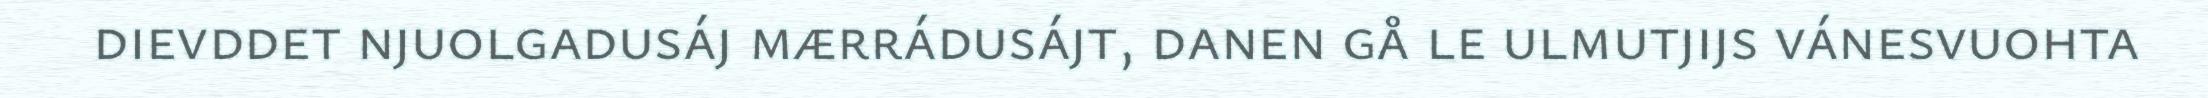
dievddet njuolgadusáj mærrádusájt, danen gå le ulmutjijs vánesvuohta